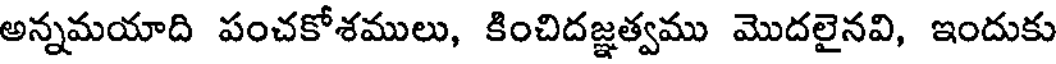
అన్నమయాది పంచకోశములు, కించిదజ్ఞత్వము మొదలైనవి, ఇందుకు